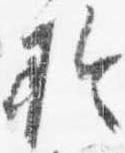
於